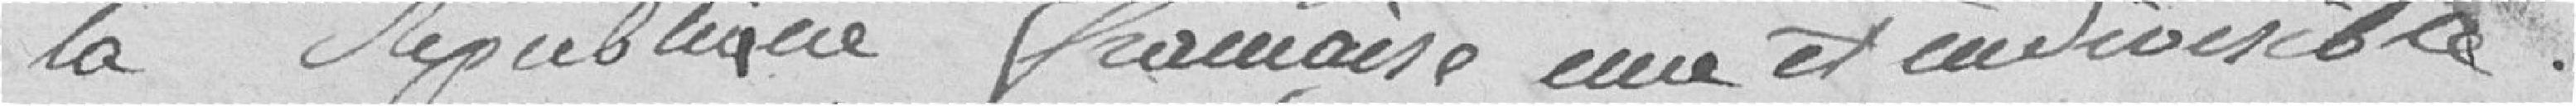
la république française une et indivisible.